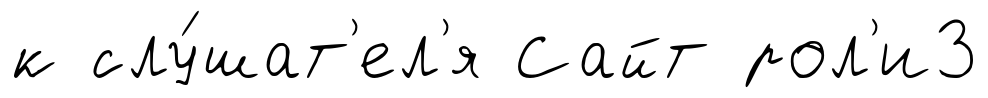
к слу́шат'ел'я Сайт рол'и3